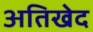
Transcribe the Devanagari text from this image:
अतिखेद